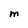
Character: M